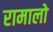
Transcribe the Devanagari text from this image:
रामालो